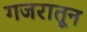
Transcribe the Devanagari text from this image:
गजरातून